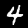
Label: 4